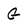
Character: G